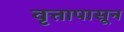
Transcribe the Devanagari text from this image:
वृत्तापासून